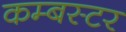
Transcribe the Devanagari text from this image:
कम्बस्टर